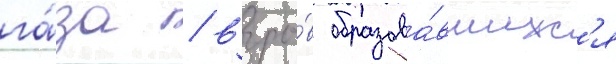
га́за / взры́в образова́вшихс'я